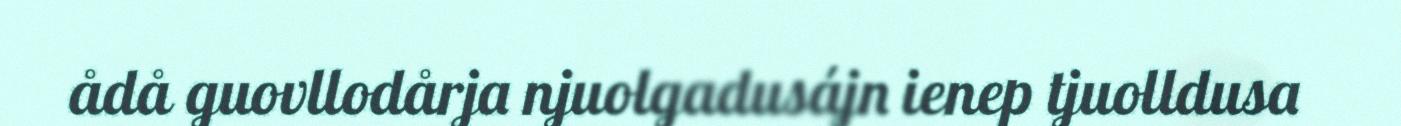
ådå guovllodårja njuolgadusájn ienep tjuolldusa